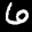
Label: 6